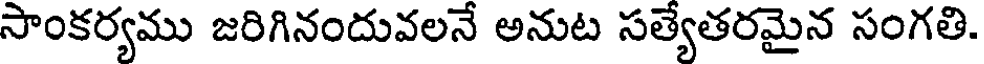
సాంకర్యము జరిగినందువలనే అనుట సత్యేతరమైన సంగతి.